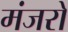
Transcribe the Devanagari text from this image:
मंजरों